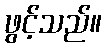
ဖွင့်သည်။